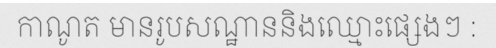
កាណូត មានរូបសណ្ឋាននិងឈ្មោះផ្សេងៗ :